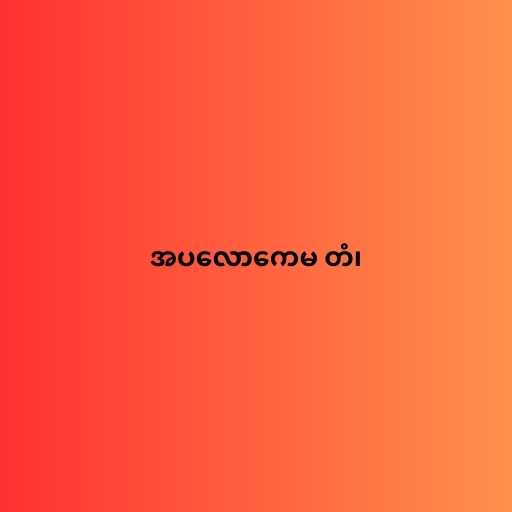
အပလောကေမ တံ၊